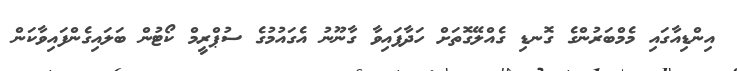
އިންޑިއާގައި މެމްބަރުންގެ ގޮނޑި ގެއްލޭގޮތަށް ހަދާފައިވާ ގާނޫނު އެގައުމުގެ ސުޕްރީމް ކޯޓުން ބަލައިގެންފައިވާކަން